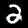
Label: 2